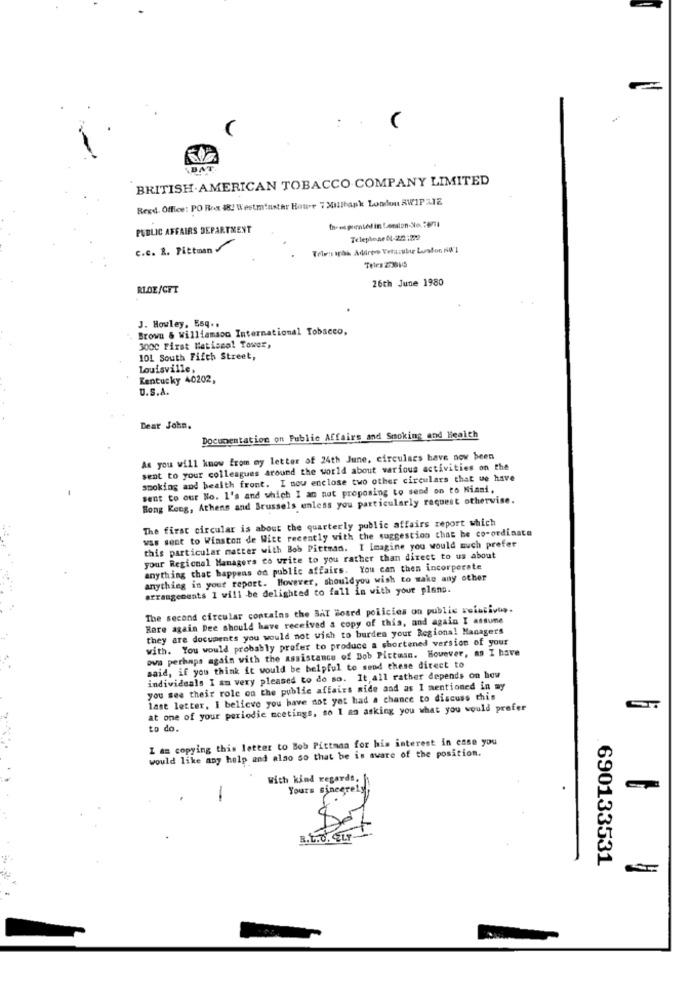
:
.BAT
BRITISH AMERICAN TOBACCO COMPANY LIMITED
Regd. Office: PO Root 482 Westminster Houre 7 201bank London SWIP 312
PUBLIC AFFAIRS DEPARTMENT
c.c. R. Pittman
Tele: apak Adirees Vehicular Lusfor NØ']
26th June 1980
RLOE/CFT
J. Howley, Esq ..
Brown & williamson International Tobacco,
3000 First Metiseal Tower,
101 South Fifth Street,
Louisville,
Kentucky 40202,
U.S.A.
Dear John.
Documentation on Public Affairs and Smoking and Health
As you will know from my letter of 24th June, circulars have now been
sent to your colleagues around the world about various activities on the
smoking and health front. I now enclose two other circulars that we have
sent to our No. 1's and which I am not proposing to send on to Miami.
Hong Kong, Athens and Brussels unless you particularly request otherwise.
The first circular is about the quarterly public affairs report which
was sent to Winston de Witt recently with the suggestion that he co-ordinate
this particular matter with Bob Pittman. I imagine you would much prefer
your Regional Managers to write to you rather than direct to us about
anything that happens on public affairs. You can then incorporate
anything in your report. However, shouldyou wish to make any other
arrangements 1 will be delighted to fall in with your plans.
The second circular contains the Bal Board policies on public reintivus.
Here again Dee should have received a copy of this, and again I assume
they are documents you would not wish to burden your Regional Managers
with. You would probably prefer to produce a shortened version of your
ova perhaps again with the assistance of Bob Pictusn. However, as I have
said, if you think it would be helpful to send these direct to
individuals I am very pleased to do so. It, all rather depends on how
you see their role on the public affairs side and as I mentioned in my
last letter, I believe you have not yet had a chance to discuss this
at one of your periodic meetings, so I am asking you what you would prefer
to do.
I am copying this letter to Bob Pittman for his interest in case you
would like any help and also so that be is aware of the position.
With kind regards,
Yours sincerely
-
R.L.U. ELF
690133531